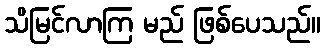
သိမြင်လာကြ မည် ဖြစ်ပေသည်။